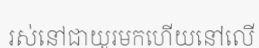
រស់នៅជាយូរមកហើយនៅលើ